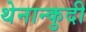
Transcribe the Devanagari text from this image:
थेनान्कुदी